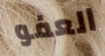
العفو